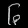
Digit: ၆